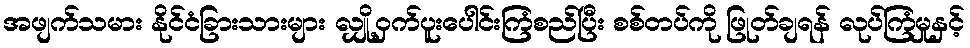
အဖျက်သမား နိုင်ငံခြားသားများ လျှို့ဝှက်ပူးပေါင်းကြံစည်ပြီး စစ်တပ်ကို ဖြုတ်ချရန် လုပ်ကြံမှုနှင့်